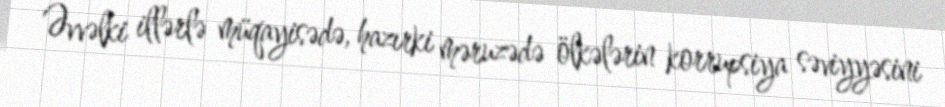
Əvvəlki illərlə müqayisədə, hazırki məruzədə ölkələrin korrupsiya səviyyəsini